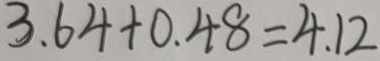
3 . 6 4 + 0 . 4 8 = 4 . 1 2